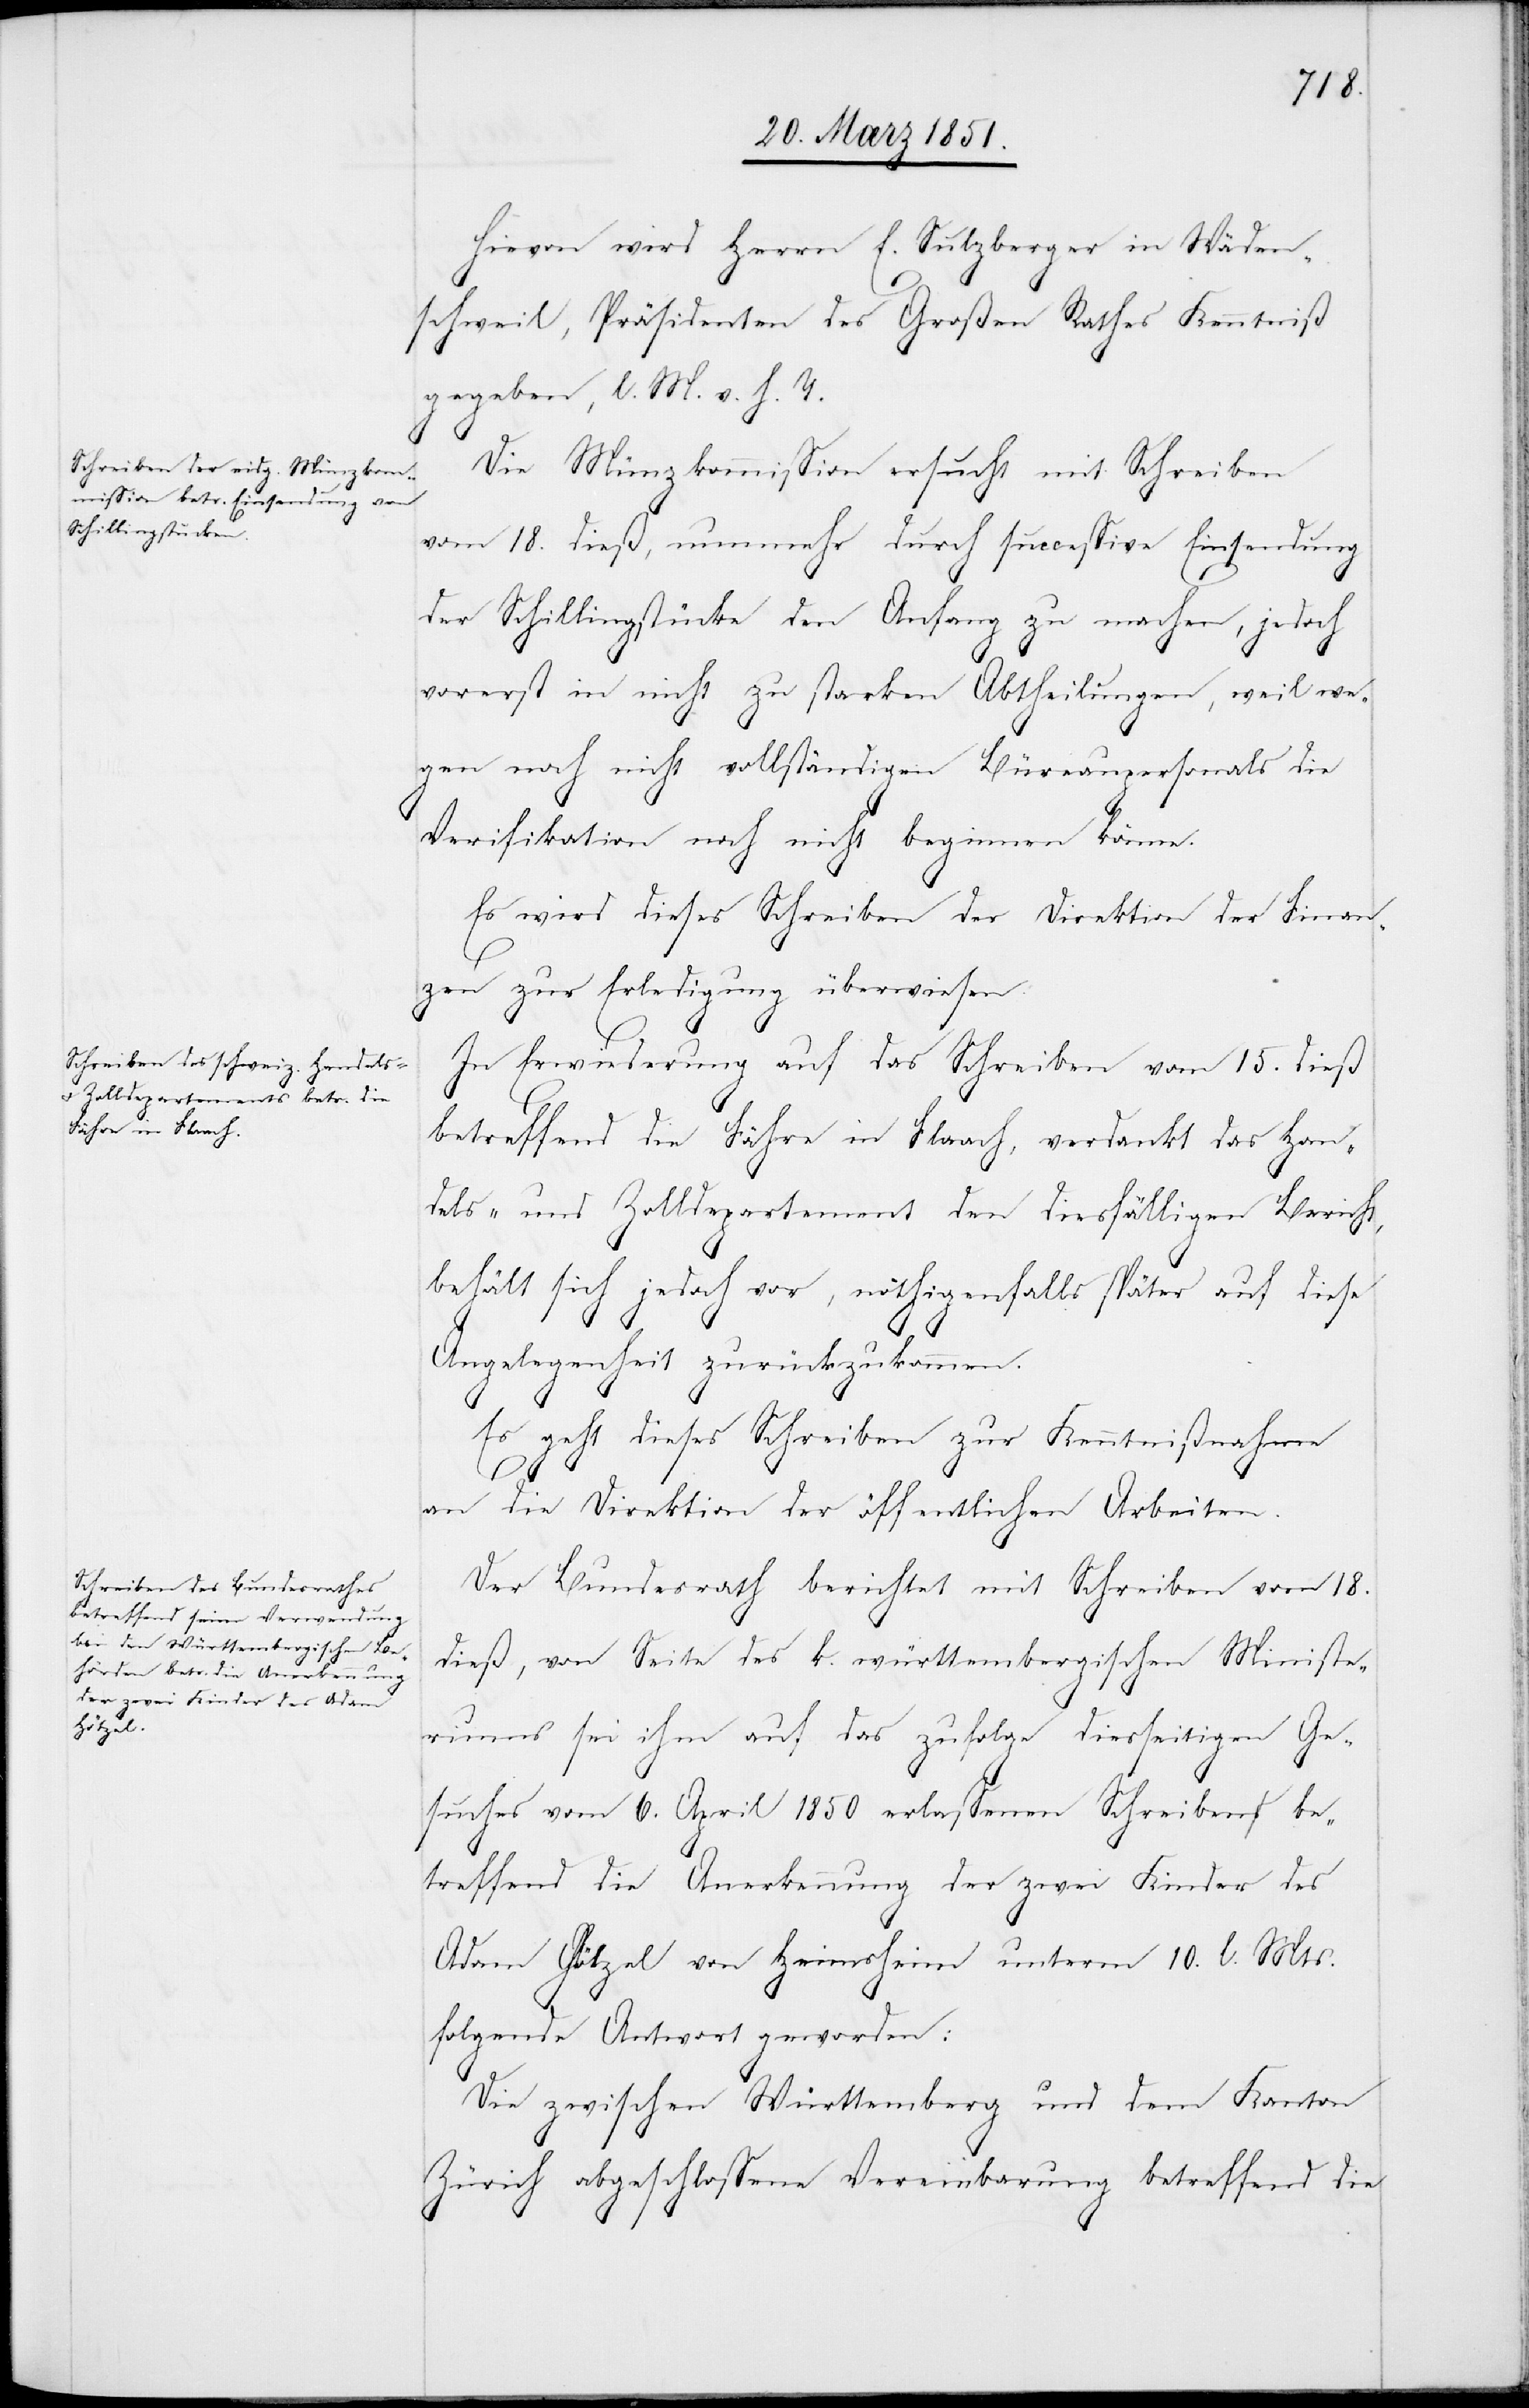
Hievon wird Herrn E. Sulzberger in Wäden¬
schweil, Präsidenten des Großen Rathes Kenntniß
gegeben, l. M. v. h. T.
Die Münzkommission ersucht mit Schreiben
vom 18. dieß, nunmehr durch successive Einsendung
der Schillingstücke den Anfang zu machen, jedoch
vorerst in nicht zu starken Abtheilungen, weil we¬
gen noch nicht vollständigen Büreaupersonals die
Verifikation noch nicht beginnen könne.
Es wird dieses Schreiben der Direktion der Finan¬
zen zur Erledigung überwiesen.
In Erwiederung auf das Schreiben vom 15. dieß
betreffend die Fähre in Flaach, verdankt das Han¬
dels- und Zolldepartement den diesfälligen Bericht,
behält sich jedoch vor, nöthigenfalls später auf diese
Angelegenheit zurückzukommen.
Es geht dieses Schreiben zur Kenntnißnahme
an die Direktion der öffentlichen Arbeiten.
Der Bundesrath berichtet mit Schreiben vom 18.
dieß, von Seite des k. württembergischen Ministe¬
riums sei ihm auf das zufolge diesseitigen Ge¬
suches vom 6. April 1850 erlassenen Schreiben be¬
treffend die Anerkennung der zwei Kinder des
Adam Hötzel von Heimsheim unterm 10. l. Mts.
folgende Antwort geworden
Die zwischen Württemberg und dem Kanton
Zürich abgeschlossene Vereinbarung betreffend die